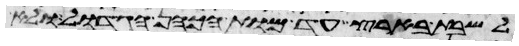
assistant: לשבת בארץ עד מות הכהן הגדול ולא